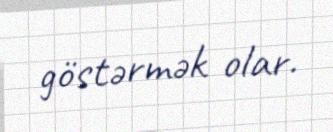
göstərmək olar.